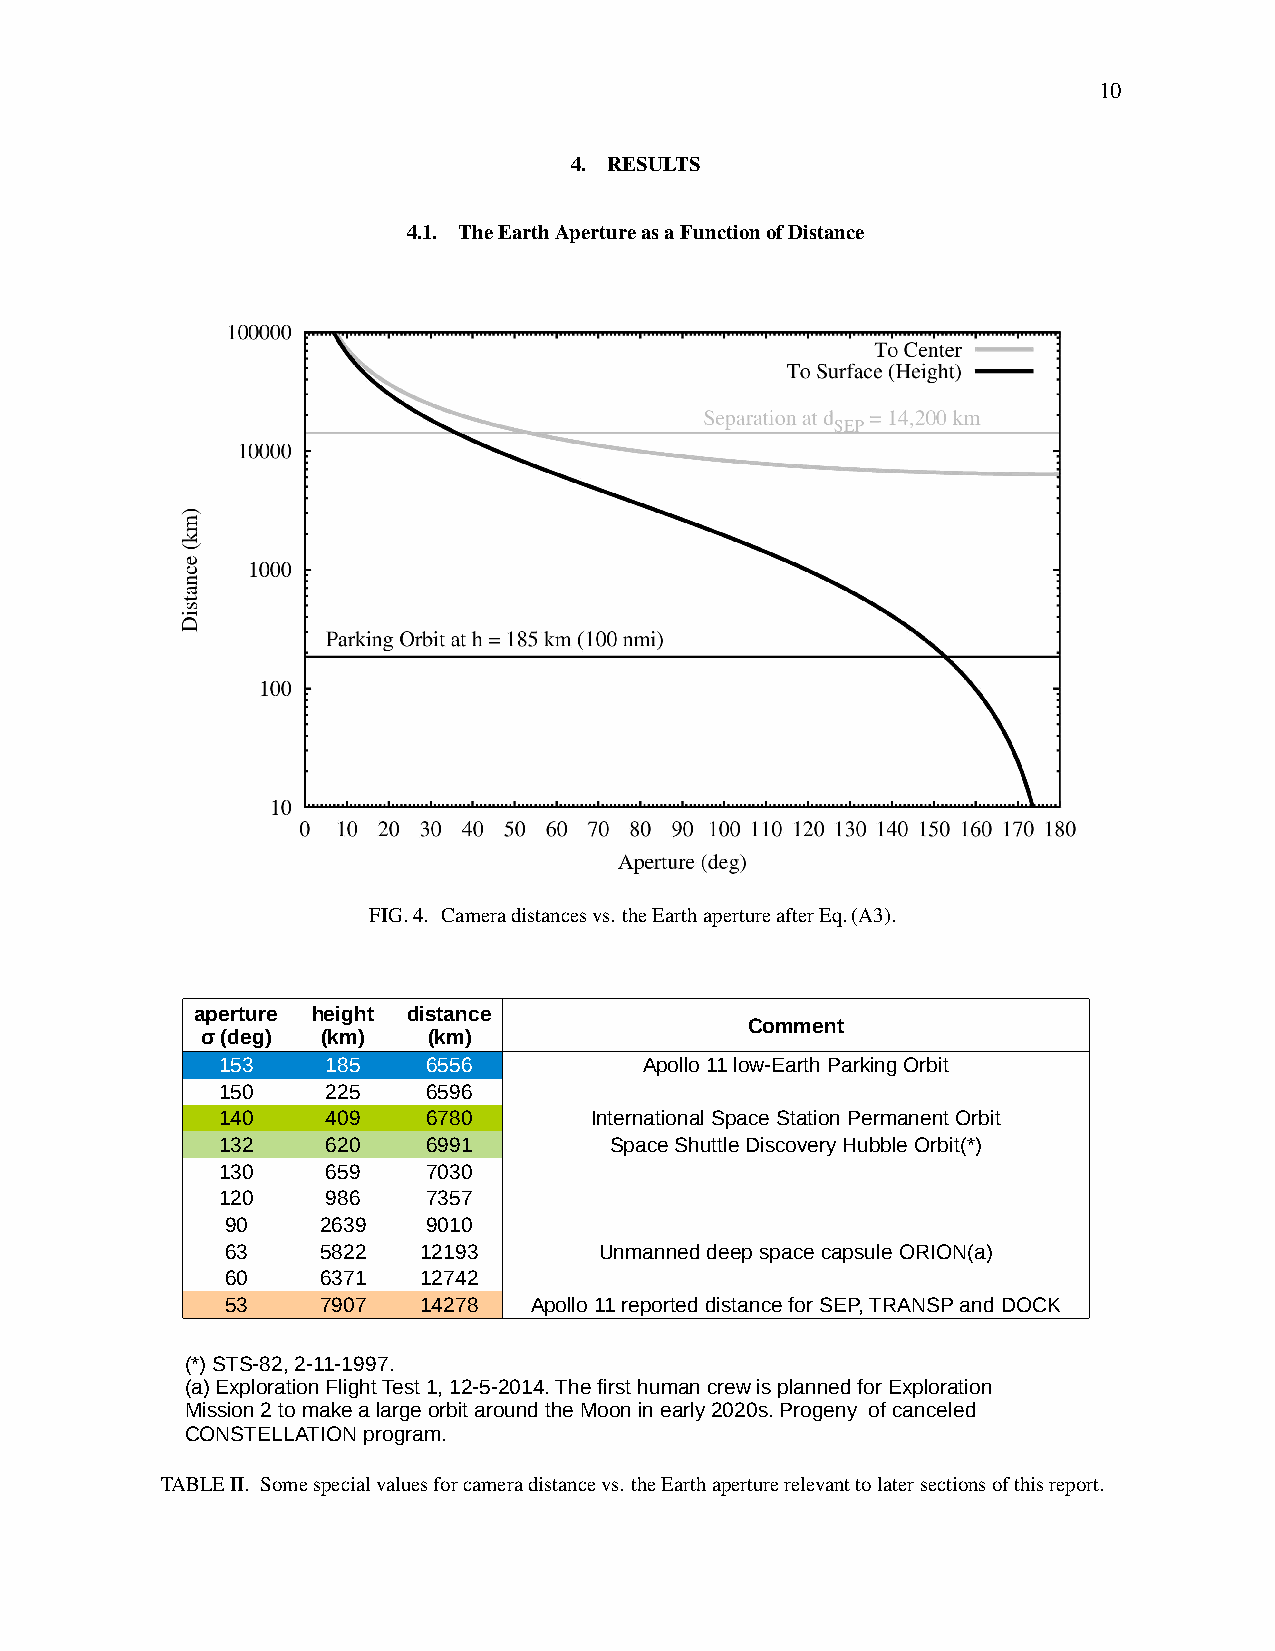
10
 4. RESULTS
 4.1. TheEarthApertureasaFunctionofDistance
 FIG.4. Cameradistancesvs. theEarthapertureafterEq.(A3).
 aperture height distance
 Comment
 σ (deg) (km)   (km)
 153     185   6556           Apollo 11 low-Earth Parking Orbit
 150     225   6596
 140     409   6780       International Space Station Permanent Orbit
 132     620   6991        Space Shuttle Discovery Hubble Orbit(*)
 130     659   7030
 120     986   7357
 90    2639   9010
 63    5822   12193       Unmanned deep space capsule ORION(a)
 60    6371   12742
 53    7907   14278  Apollo 11 reported distance for SEP, TRANSP and DOCK
 (*) STS-82, 2-11-1997.
 (a) Exploration Flight Test 1, 12-5-2014. The first human crew is planned for Exploration
 Mission 2 to make a large orbit around the Moon in early 2020s. Progeny of canceled
 CONSTELLATION program.
 TABLEII. Somespecialvaluesforcameradistancevs. theEarthaperturerelevanttolatersectionsofthisreport.